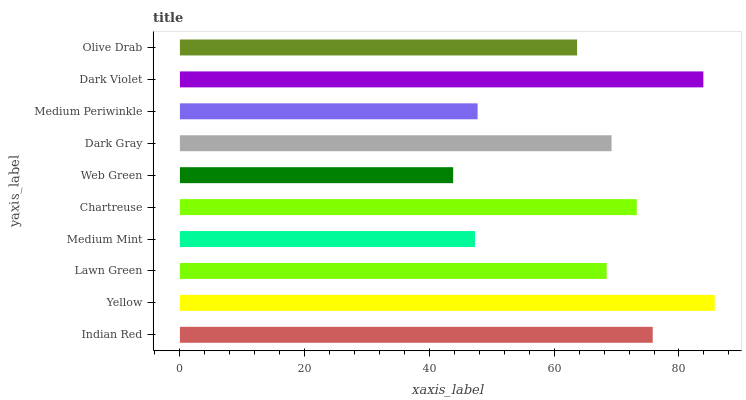
| yaxis_label | bars |
 | --- | --- |
 | Indian Red | 75.8 |
 | Yellow | 85.7 |
 | Lawn Green | 68.4 |
 | Medium Mint | 47.3 |
 | Chartreuse | 73.2 |
 | Web Green | 43.8 |
 | Dark Gray | 69.2 |
 | Medium Periwinkle | 47.7 |
 | Dark Violet | 83.9 |
 | Olive Drab | 63.7 |